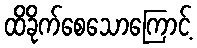
ထိခိုက်စေသောကြောင့်